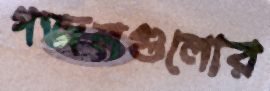
গজলগুলোর